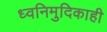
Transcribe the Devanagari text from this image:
ध्वनिमुदिकाही